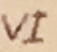
Text: VI